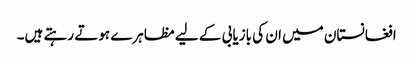
افغانستان میں ان کی بازیابی کے لیے مظاہرے ہوتے رہتے ہیں۔